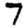
Digit: 7